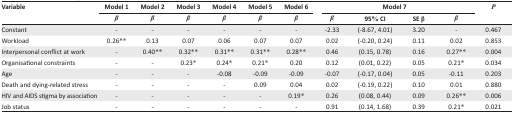
| <ROWSPAN=3> Variable | Model 1 | Model 2 | Model 3 | Model 4 | Model 5 | Model 6 | <COLSPAN=4> Model 7 | <ROWSPAN=3> P |
 | β | β | β | β | β | β | β | 95% CI | SE β | β |
 | --- | --- | --- | --- | --- | --- | --- | --- | --- | --- | --- | --- |
 | Constant | - | - | - | - | - | - | −2.33 | (−8.67, 4.01) | 3.20 | - | 0.467 |
 | Workload | 0.26** | 0.13 | 0.07 | 0.06 | 0.07 | 0.07 | 0.02 | (−0.20, 0.24) | 0.11 | 0.02 | 0.853 |
 | Interpersonal conflict at work | - | 0.40** | 0.32** | 0.31** | 0.31** | 0.28** | 0.46 | (0.15, 0.78) | 0.16 | 0.27** | 0.004 |
 | Organisational constraints | - | - | 0.23* | 0.24* | 0.21* | 0.20 | 0.12 | (0.01, 0.22) | 0.05 | 0.21* | 0.034 |
 | Age | - | - | - | −0.08 | −0.09 | −0.09 | −0.07 | (−0.17, 0.04) | 0.05 | −0.11 | 0.203 |
 | Death and dying-related stress | - | - | - | - | 0.09 | 0.04 | 0.02 | (−0.19, 0.22) | 0.10 | 0.01 | 0.880 |
 | HIV and AIDS stigma by association | - | - | - | - | - | 0.19* | 0.26 | (0.08, 0.44) | 0.09 | 0.26** | 0.006 |
 | Job status | - | - | - | - | - | - | 0.91 | (0.14, 1.68) | 0.39 | 0.21* | 0.021 |